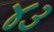
૪૩